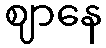
ဈာနေ